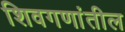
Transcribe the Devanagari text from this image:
शिवगणांतील